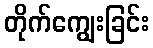
တိုက်ကျွေးခြင်း